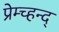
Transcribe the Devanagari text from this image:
प्रेम्च्हन्द्